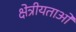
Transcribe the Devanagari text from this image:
क्षेत्रीयताओं